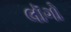
લૉગો